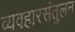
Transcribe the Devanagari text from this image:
व्यवहारसंतुलन